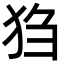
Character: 𪺸